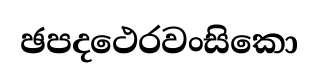
ඡපදථෙරවංසිකො